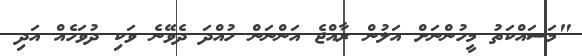
"މަސައްކަތު މީހުންނަށް އަލުން ރާއްޖެ އަންނަން ހުއްދަ ދެވޭނެ ވަކި ދުވަހެއް އަދި